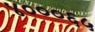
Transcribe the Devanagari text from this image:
४०००६५